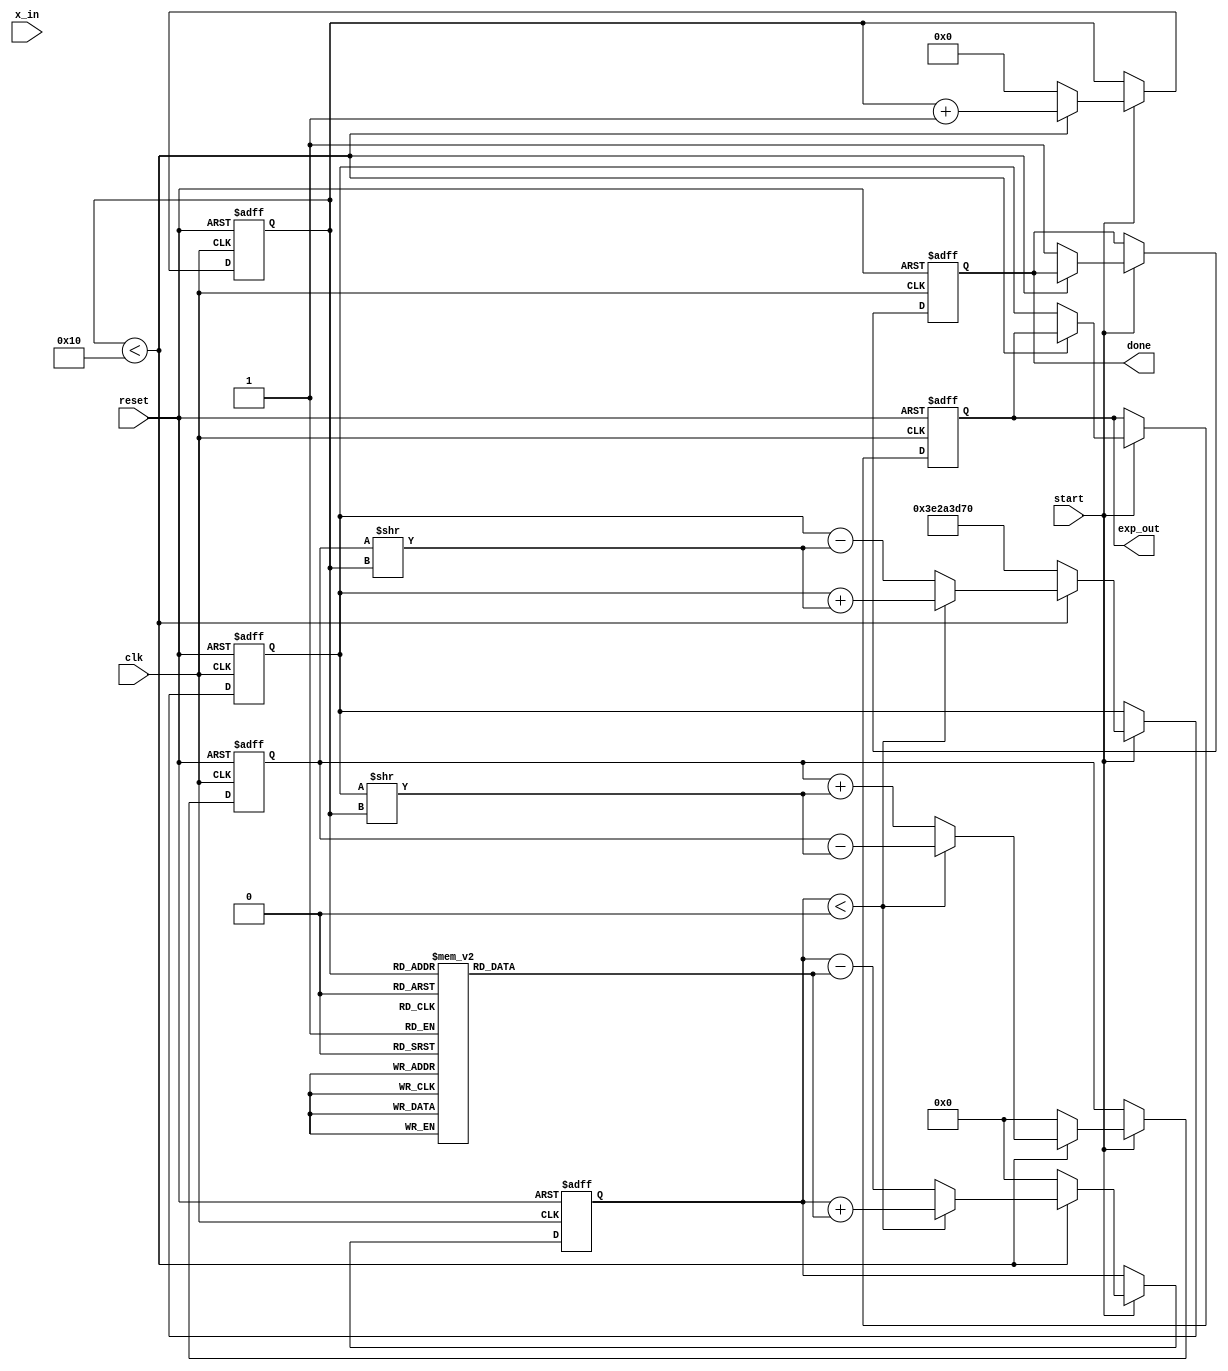
module cordic_exponential (
    input wire clk,                      // Clock signal
    input wire reset,                    // Reset signal
    input wire start,                    // Start signal for computation
    input wire [15:0] x_in,              // Input exponent value (fixed-point)
    output reg [31:0] exp_out,           // Output exponential value (fixed-point)
    output reg done                      // Done signal for finished computation
);

    parameter NUM_ITERATIONS = 16;      // Number of CORDIC iterations
    parameter FIXED_POINT_FRACTION = 16; // Number of bits for fractional part

    reg [15:0] angle [0:NUM_ITERATIONS-1]; // Rotation angles
    reg [31:0] z;                         // Current angle
    reg [31:0] x;                         // Current x value (cosine)
    reg [31:0] y;                         // Current y value (sine)
    reg [3:0] iteration_count;            // Iteration counter
    reg [31:0] scaling_factor;            // Scaling factor for output

    initial begin
        // Precomputed angles (in radians, scaled appropriately)
        angle[0] = 16'h1C71; // atan(0.5)
        angle[1] = 16'h1B4D; // atan(0.25)
        angle[2] = 16'h1A2D; // atan(0.125)
        angle[3] = 16'h1952; // atan(0.0625)
        // More angles can be added for higher precision
        // Initialize the scaling factor (approx. 0.607
        scaling_factor = 32'h3E2A3D70; // 0.607 in fixed-point
    end

    always @(posedge clk or posedge reset) begin
        if (reset) begin
            exp_out <= 0;
            done <= 0;
            iteration_count <= 0;
            x <= scaling_factor; // Start with scaling factor
            y <= 0;              // Initial y value
            z <= 0;              // Initial angle
        end else if (start) begin
            if (iteration_count < NUM_ITERATIONS) begin
                // CORDIC iteration
                if (z < 0) begin
                    // Apply rotation in negative direction
                    x <= x + (y >> iteration_count);
                    y <= y - (x >> iteration_count);
                    z <= z + angle[iteration_count];
                end else begin
                    // Apply rotation in positive direction
                    x <= x - (y >> iteration_count);
                    y <= y + (x >> iteration_count);
                    z <= z - angle[iteration_count];
                end
                iteration_count <= iteration_count + 1;
            end else begin
                // Finalize output
                exp_out <= x; // Output the computed exponential value
                done <= 1;    // Indicate that computation is done
                iteration_count <= 0; // Reset for the next computation
                x <= scaling_factor; // Reset x for the next computation
                y <= 0;              // Reset y for the next computation
                z <= 0;              // Reset z for the next computation
            end
        end
    end

endmodule